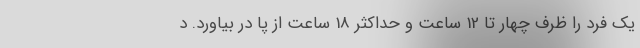
یک فرد را ظرف چهار تا 12 ساعت و حداکثر 18 ساعت از پا در بیاورد. د